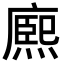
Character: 𭙼